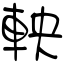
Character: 軮